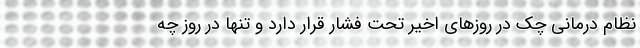
نظام درمانی چک در روزهای اخیر تحت فشار قرار دارد و تنها در روز چه